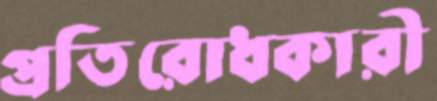
প্রতিরোধকারী